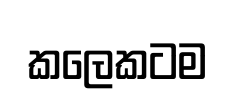
කලෙකටම